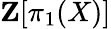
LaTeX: \mathbf{Z}[\pi_{1}(X)]